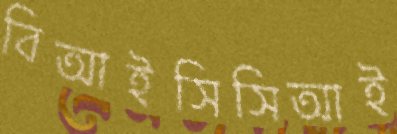
বিআইসিসিআই